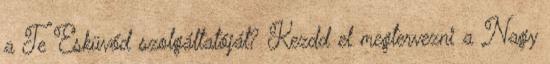
a Te Esküvőd szolgáltatóját? Kezdd el megtervezni a Nagy